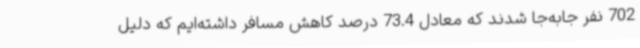
702 نفر جابه‌جا شدند که معادل‌ 73.4 درصد کاهش مسافر داشته‌ایم که دلیل